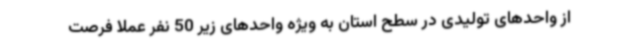
از واحدهای تولیدی در سطح استان به ویژه واحدهای زیر 50 نفر عملا فرصت